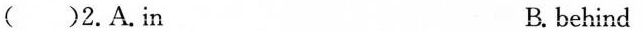
( )2.A.in B. behind